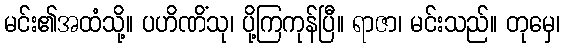
မင်း၏အထံသို့။ ပဟိဏိံသု၊ ပို့ကြကုန်ပြီ။ ရာဇာ၊ မင်းသည်။ တုမှေ၊